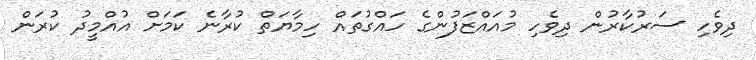
ދިވެހި ސަރުކާރުން ދިވެހި މުއަައްޒަފުންގެ ހައްގުތައް ހިމާޔަތް ކުރާނެ ކަމަށް އުއްމީދު ކުރަން